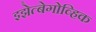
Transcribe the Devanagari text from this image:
इझेत्बेगोव्हिक